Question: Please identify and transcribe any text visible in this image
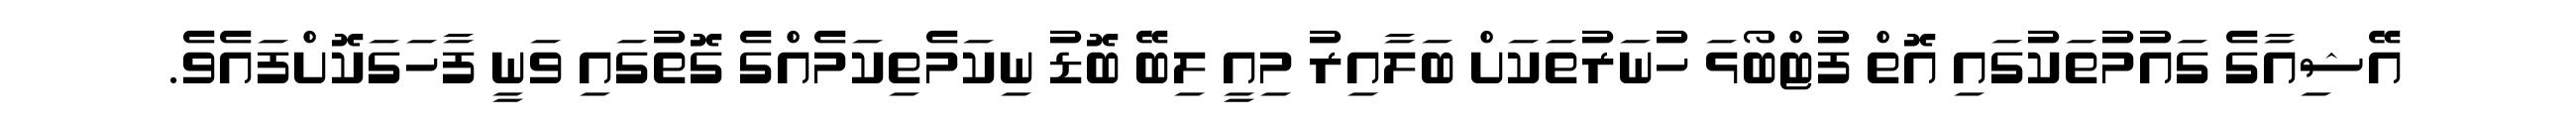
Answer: އޭޝިއާގެ ގައުމުތަކުގައި އޮތް ފުޓްބޯޅަ ހުނަރުތަކަށް ބަލާއިރު މިއީ ލިބޭ ބޮޑު ނިކަމެތިކަމެއްގެ ގޮތުގައި ވަނީ ފާހަގަކޮށްފައެވެ.